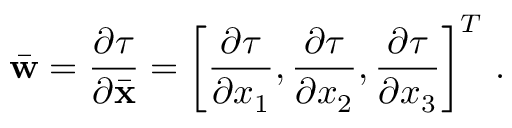
\bar { \bf w } = \frac { \partial \tau } { \partial \bar { \bf x } } = \left[ \frac { \partial \tau } { \partial x _ { 1 } } , \frac { \partial \tau } { \partial x _ { 2 } } , \frac { \partial \tau } { \partial x _ { 3 } } \right] ^ { T } \, .